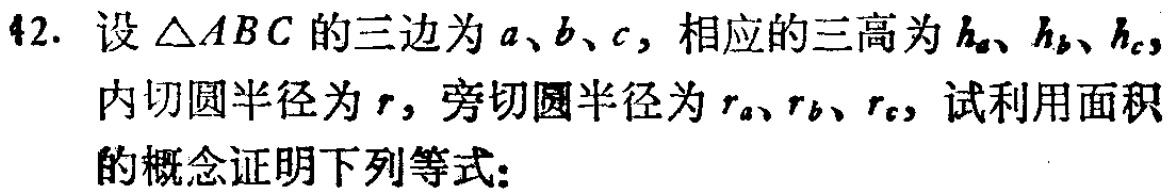
42. 设 \(\triangle ABC\) 的三边为 \(a\)、\(b\)、\(c\)，相应的三高为 \(h_{a}\)、\(h_{b}\)、\(h_{c}\)，内切圆半径为 \(r\)，旁切圆半径为 \(r_{a}\)、\(r_{b}\)、\(r_{c}\)，试利用面积的概念证明下列等式：